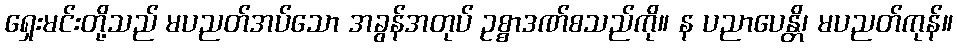
ရှေးမင်းတို့သည် မပညတ်အပ်သော အခွန်အတုပ် ဥစ္စာဒဏ်စသည်ကို။ န ပညာပေန္တိ၊ မပညတ်ကုန်။